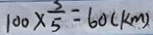
1 0 0 \times \frac { 3 } { 5 } = 6 0 ( k m )